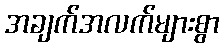
အချက်အလက်များစွာ